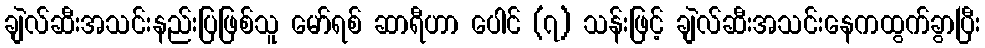
ချဲလ်ဆီးအသင်းနည်းပြဖြစ်သူ မော်ရစ် ဆာရီဟာ ပေါင် (၇) သန်းဖြင့် ချဲလ်ဆီးအသင်းနေကထွက်ခွာပြီး